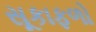
સૂકાફળો